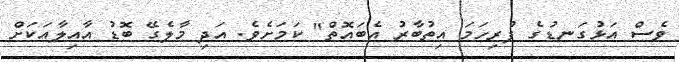
ވެސް އަޅުގަނޑުގެ ފުރިހަމަ އިތުބާރު އެބައޮތް" ކަމަށެވެ. އަދި މާލެގޭ ބޮޑު އާއިލާއަކަށް